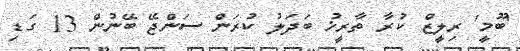
'ބޫމީ' ރިލީޒް ކުރާ ތާރީޚު ބަދަލު ކުރަން ސަންޖޭ ބޭނުން 13 ގަޑި